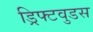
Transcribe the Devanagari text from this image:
ड्रिफ्टवुडस